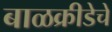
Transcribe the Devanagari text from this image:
बाळक्रीडेचे